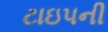
ટાઇપની